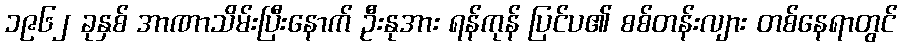
၁၉၆၂ ခုနှစ် အာဏာသိမ်းပြီးနောက် ဦးနုအား ရန်ကုန် ပြင်ပ၏ စစ်တန်းလျား တစ်နေရာတွင်